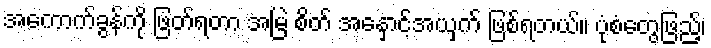
အကောက်ခွန်ကို ဖြတ်ရတာ အမြဲ စိတ် အနှောင့်အယှက် ဖြစ်ရတယ်။ ပုံစံတွေဖြည့်၊